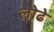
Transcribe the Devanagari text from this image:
लोढे